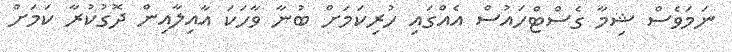
ނަމަވެސް ޝިމާ ގެސްޓްހައުސް އެއްގައި ހުރިކަމަށް ބުނާ ވާހަކަ އާއިލާއިން ދޮގުކުރާ ކަމަށް